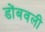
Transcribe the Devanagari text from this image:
डोंबवली